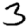
Digit: 3